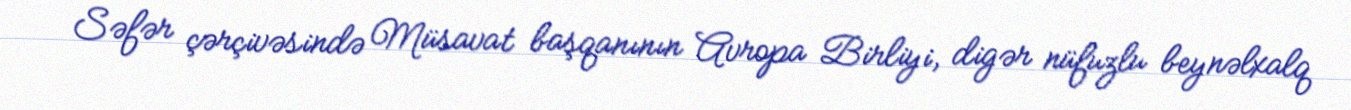
Səfər çərçivəsində Müsavat başqanının Avropa Birliyi, digər nüfuzlu beynəlxalq